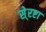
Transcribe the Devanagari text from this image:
से्रष्टा